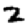
Digit: 2